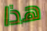
هذا